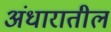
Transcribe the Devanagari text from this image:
अंधारातील